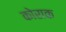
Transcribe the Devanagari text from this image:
कोराक